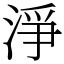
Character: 淨